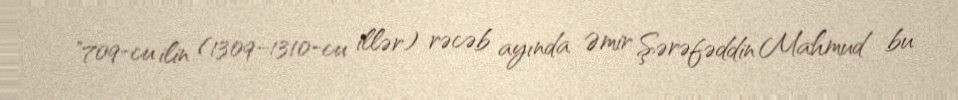
"709-cu ilin (1309–1310-cu illər) rəcəb ayında Əmir Şərəfəddin Mahmud bu